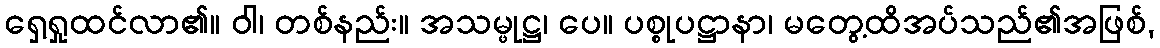
ရှေ့ရှုထင်လာ၏။ ဝါ၊ တစ်နည်း။ အသမ္ဖုဋ္ဌ၊ ပေ။ ပစ္စုပဋ္ဌာနာ၊ မတွေ့ထိအပ်သည်၏အဖြစ်,